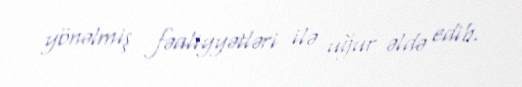
yönəlmiş fəaliyyətləri ilə uğur əldə edib.